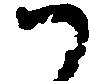
か